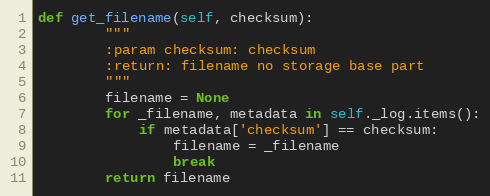
Language: Python
def get_filename(self, checksum):
        """
        :param checksum: checksum
        :return: filename no storage base part
        """
        filename = None
        for _filename, metadata in self._log.items():
            if metadata['checksum'] == checksum:
                filename = _filename
                break
        return filename